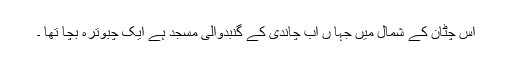
اس چٹان کے شمال میں جہا ں اب چاندی کے گنبدوالی مسجد ہے ایک چبوترہ بچا تھا ۔